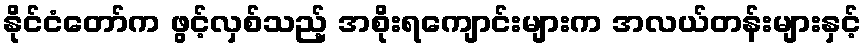
နိုင်ငံတော်က ဖွင့်လှစ်သည့် အစိုးရကျောင်းများက အလယ်တန်းများနှင့်